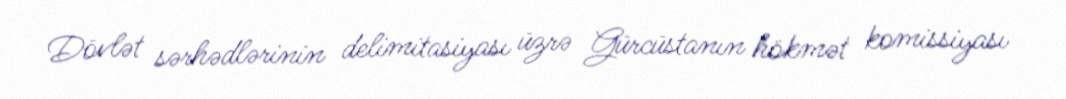
Dövlət sərhədlərinin delimitasiyası üzrə Gürcüstanın hökmət komissiyası